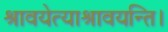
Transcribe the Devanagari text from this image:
श्रावयेत्याश्रावयन्ति।